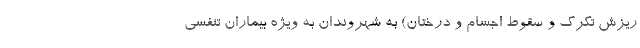
ریزش تگرگ و سقوط اجسام و درختان) به شهروندان به ویژه بیماران تنفسی